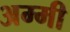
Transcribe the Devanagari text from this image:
अम्मी